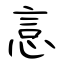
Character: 悥